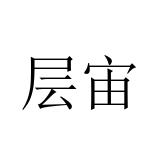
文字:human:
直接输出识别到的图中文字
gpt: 层宙